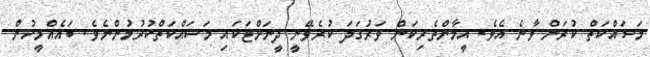
މަސައްކަތް ކުރަން ވާނެ އެވެ. އީމާންތެރިކަން ވަރުގަދަ ކުރެވޭނީ ދީނަށްޓަކައި މަސައްކަތްކުރުމުންނެވެ. ބައެއްމީހުން